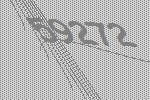
59272